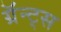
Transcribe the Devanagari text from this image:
ग्रॅन्ट्‍स